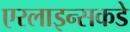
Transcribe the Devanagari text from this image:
एरलाइन्सकडे